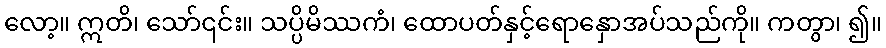
လော့။ ဣတိ၊ သော်၎င်း။ သပ္ပိမိဿကံ၊ ထောပတ်နှင့်ရောနှောအပ်သည်ကို။ ကတွာ၊ ၍။